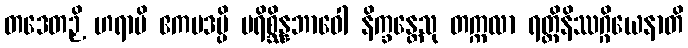
တဒေတဉှိ ဟရာမိ ဧကပဒမ္ပိ ပရိစ္ဆိန္နဘာဝေါ နိက္ခန္တေသု တက္ကလာ ရတ္တိနိဿဂ္ဂိယေနာတိ